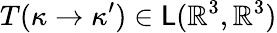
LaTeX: T(\kappa\to\kappa^{\prime})\in\mathsf{L}(\mathbb{R}^{3},\mathbb{R}^{3})